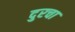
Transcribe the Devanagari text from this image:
दुरचा